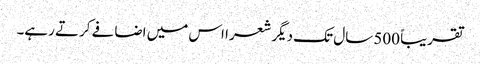
تقریباً 500 سال تک دیگر شعرا اس میں اضافے کرتے رہے۔